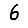
Digit: 6